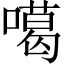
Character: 噶